Account of plague administration in the Bombay Presidency from September 1896 till May 1897
Year: 1896
Disease focus: Plague
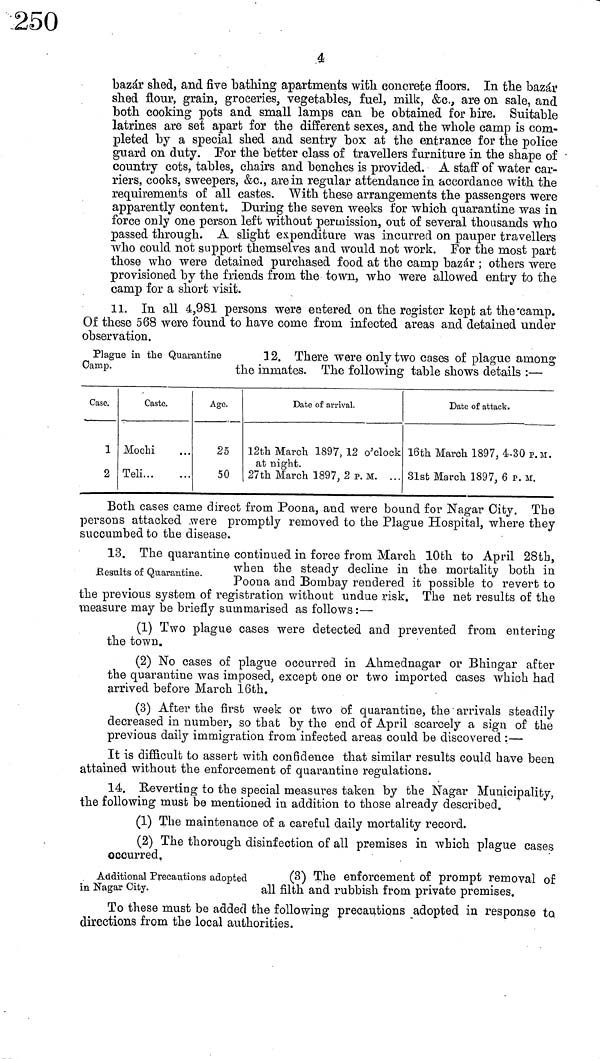
4
bazar shed, and five bathing apartments with concrete floors. In the bazar
shed flour, grain, groceries, vegetables, fuel, milk, &c., are on sale, and
both cooking pots and small lamps can be obtained for hire. Suitable
latrines are set apart for the different sexes, and the whole camp is com-
pleted by a special shed and sentry box at the entrance for the police
guard on duty. Por the better class of travellers furniture in the shape of
country cots, tables, chairs and benches is provided. A staff of water car-
riers, cooks, sweepers, &c., are in regular attendance in accordance with the
requirements of all castes. With these arrangements the passengers were
apparently content. During the seven weeks for which quarantine was in
force only one person left without permission, out of several thousands who
passed through. A slight expenditure was incurred on pauper travellers
who could not support themselves and would not work. For the most part
those who were detained purchased food at the camp bazar ; others were
provisioned by the friends from the town, who were allowed entry to the
camp for a short visit.
11. In all 4,981 persons were entered on the register kept at the camp.
Of these 568 were found to have come from, infected areas and detained under
observation.
Plague in the Quarantine
Camp.
12. There were only two cases of plague among
the inmates. The following table shows details :—
Case.
1
2
Caste.
Mochi ...
Teli...
...
Age.
25
50
Date of arrival.
12th March 1897, 12 o'clock
at night.
27th March 1897, 2 p. M. ...
Date of attack.
16th March 1897, 4-30 P. M.
31st March 1897, 6 P. M.
Both cases came direct from Poona, and were bound for Nagar City. The
persons attacked were promptly removed to the Plague Hospital, where they
succumbed to the disease.
Eesults of Quarantine.
13. The quarantine continued in force from March 10th to April 28th.
when the steady decline in the mortality both in
Poona and Bombay rendered it possible to revert to
the previous system of registration without undue risk. The net results of the
measure may be briefly summarised as follows :—
(1) Two plague cases were detected and prevented from entering
the town.
(2) No cases of plague occurred in Ahmednagar or Bhingár after
the quarantine was imposed, except one or two imported cases which had
arrived before March 16th.
(3) After the first week or two of quarantine, the ' arrivals steadily
decreased in number, so that by the end of April scarcely a sign of the
previous daily immigration from infected areas could be discovered :—
It is difficult to assert with confidence that similar results could have been
attained without the enforcement of quarantine regulations.
14. Reverting to the special measuires taken by the Nagar Municipality,
the following must be mentioned in addition to those already described.
(1) The maintenance of a careful daily mortality record.
(2) The thorough disinfection of all premises in which plague cases
occurred.
Additional Precautions adopted
in Nagar City.
(3) The enforcement of prompt removal of
all filth and rubbish from private premises.
To these must be added the following precautions adopted in response to
directions from the local authorities.